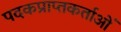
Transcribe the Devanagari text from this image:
पदकप्राप्तकर्ताओं